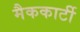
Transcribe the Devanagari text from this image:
मैककार्टी